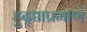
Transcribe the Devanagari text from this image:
हुद्द्याप्रमाणे